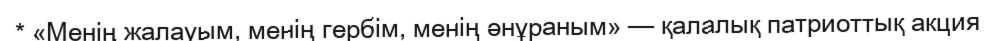
* «Менің жалауым, менің гербім, менің әнұраным» — қалалық патриоттық акция